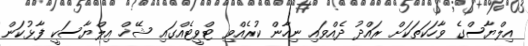
އިލްޔާސްގެ ވާހަކަތަކަށް ރައްދު ދެއްވައި ނިހާން ކުރެއްވި ޓްވީޓެއްގައި ޝޭޚް އިލްޔާސަކީ ފާޅުކަން